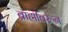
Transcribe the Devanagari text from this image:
ब्राह्मीवरून